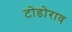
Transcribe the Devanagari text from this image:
टोडोराव